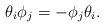
LaTeX: \begin{align*}\theta_i\phi_j=-\phi_j\theta_i.\end{align*}